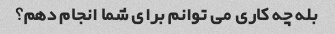
بله چه کاری می توانم برای شما انجام دهم؟